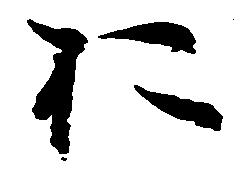
於